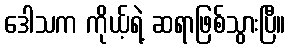
ဒေါသက ကိုယ့်ရဲ့ ဆရာဖြစ်သွားပြီ။